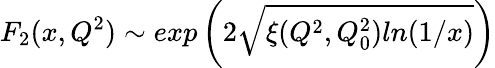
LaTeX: F_{2}(x,Q^{2})\sim exp\left(2\sqrt{\xi(Q^{2},Q_{0}^{2})ln(1/x)}\right)